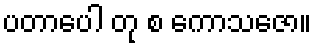
ပတာပေါ တု စ ကောသဇော။